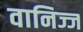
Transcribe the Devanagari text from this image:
वानिज्ज